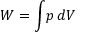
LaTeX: W = \int \! p \, d V